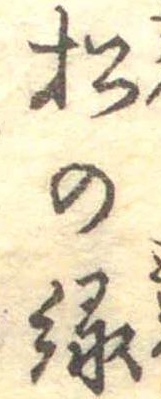
松の緑